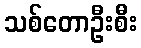
သစ်တောဦးစီး